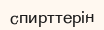
спирттерін